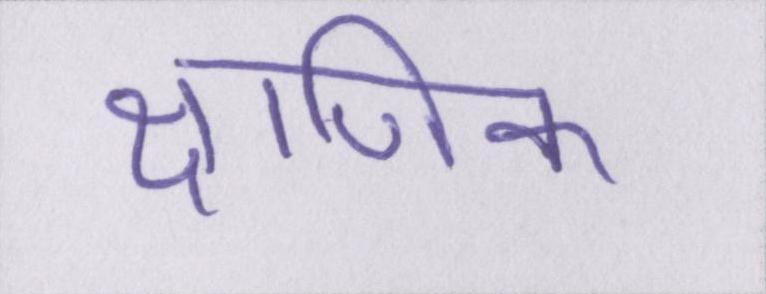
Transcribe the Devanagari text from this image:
क्षणिक